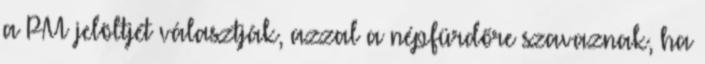
a PM jelöltjét választják, azzal a népfürdőre szavaznak, ha